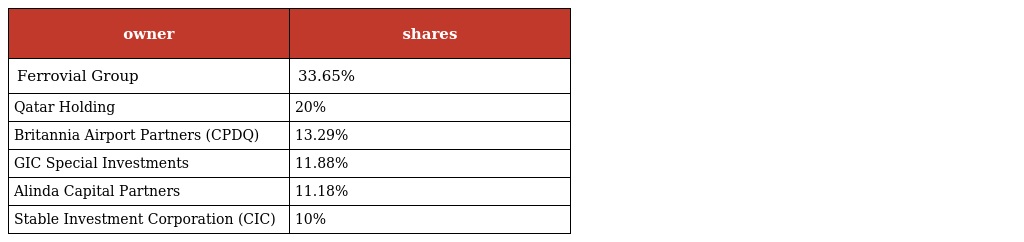
| owner | shares |
 | --- | --- |
 | Ferrovial Group | 33.65% |
 | Qatar Holding | 20% |
 | Britannia Airport Partners (CPDQ) | 13.29% |
 | GIC Special Investments | 11.88% |
 | Alinda Capital Partners | 11.18% |
 | Stable Investment Corporation (CIC) | 10% |